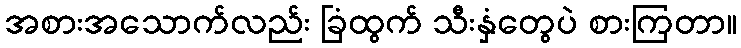
အစားအသောက်လည်း ခြံထွက် သီးနှံတွေပဲ စားကြတာ။